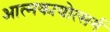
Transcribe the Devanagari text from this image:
आत्मकायोत्सर्ग